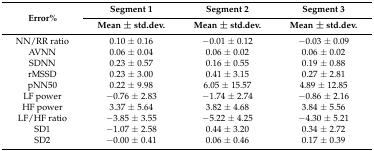
<table><thead><tr><td rowspan="2"><b>Error%</b></td><td><b>Segment 1</b></td><td><b>Segment 2</b></td><td><b>Segment 3</b></td></tr><tr><td><b>Mean ± std.dev.</b></td><td><b>Mean ± std.dev.</b></td><td><b>Mean ± std.dev.</b></td></tr></thead><tbody><tr><td>NN/RR ratio</td><td>0.10 ± 0.16</td><td>−0.01 ± 0.12</td><td>−0.03 ± 0.09</td></tr><tr><td>AVNN</td><td>0.06 ± 0.04</td><td>0.06 ± 0.02</td><td>0.06 ± 0.02</td></tr><tr><td>SDNN</td><td>0.23 ± 0.57</td><td>0.16 ± 0.55</td><td>0.19 ± 0.88</td></tr><tr><td>rMSSD</td><td>0.23 ± 3.00</td><td>0.41 ± 3.15</td><td>0.27 ± 2.81</td></tr><tr><td>pNN50</td><td>0.22 ± 9.98</td><td>6.05 ± 15.57</td><td>4.89 ± 12.85</td></tr><tr><td>LF power</td><td>−0.76 ± 2.83</td><td>−1.74 ± 2.74</td><td>−0.86 ± 2.16</td></tr><tr><td>HF power</td><td>3.37 ± 5.64</td><td>3.82 ± 4.68</td><td>3.84 ± 5.56</td></tr><tr><td>LF/HF ratio</td><td>−3.85 ± 3.55</td><td>−5.22 ± 4.25</td><td>−4.30 ± 5.21</td></tr><tr><td>SD1</td><td>−1.07 ± 2.58</td><td>0.44 ± 3.20</td><td>0.34 ± 2.72</td></tr><tr><td>SD2</td><td>−0.00 ± 0.41</td><td>0.06 ± 0.46</td><td>0.17 ± 0.39</td></tr></tbody></table>